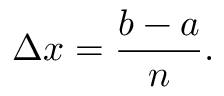
\Delta x = { \frac { b - a } { n } } .